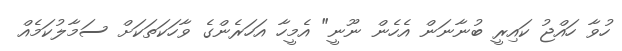
ހުވާ ހައްޖު ކައިރީ ބުނާނަން އެހެން ނޫނީ" އެމީހާ އަހަރެންގެ ވާހަކަތަކަށް ސަމާލުކަމެއް